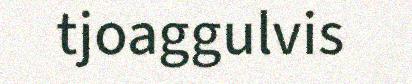
tjoaggulvis